Indian journal of veterinary science and animal husbandry - Volume 12,
Year: 1942
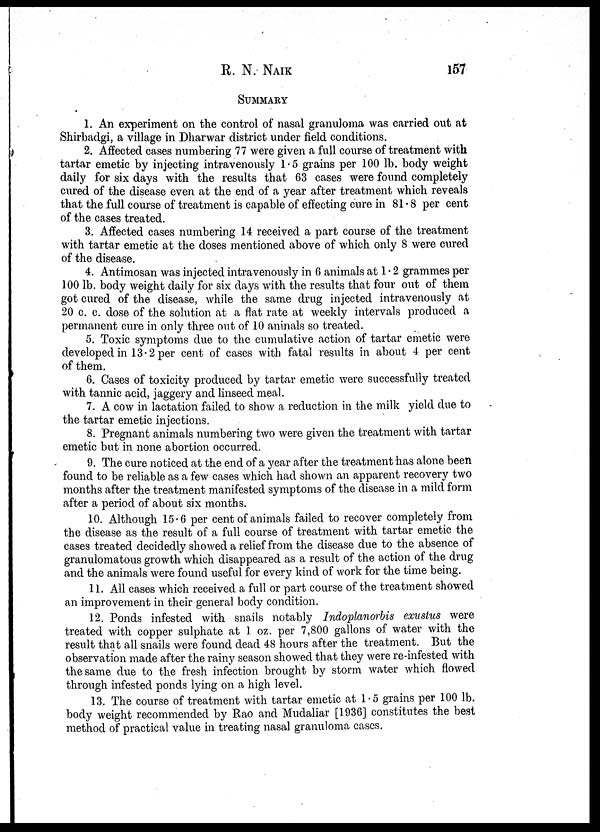
R. N. NAIK 157
SUMMARY
1. An experiment on the control of nasal granuloma was carried out at
Shirbadgi, a village in Dharwar district under field conditions.
2. Affected cases numbering 77 were given a full course of treatment with
tartar emetic by injecting intravenously 1 . 5 grains per 100 lb. body weight
daily for six days with the results that 63 cases were found completely
cured of the disease even at the end of a year after treatment which reveals
that the full course of treatment is capable of effecting cure in 81.8 per cent
of the cases treated.
3. Affected cases numbering 14 received a part course of the treatment
with tartar emetic at the doses mentioned above of which only 8 were cured
of the disease.
4. Antimosan was injected intravenously in 6 animals at 1.2 grammes per
100 lb. body weight daily for six days with the results that four out of them
got cured of the disease, while the same drug injected intravenously at
20 c. c. dose of the solution at a flat rate at weekly intervals produced a
permanent cure in only three out of 10 animals so treated.
5. Toxic symptoms due to the cumulative action of tartar emetic were
developed in 13.2 per cent of cases with fatal results in about 4 per cent
of them.
6. Cases of toxicity produced by tartar emetic were successfully treated
with tannic acid, jaggery and linseed meal.
7. A cow in lactation failed to show a reduction in the milk yield due to
the tartar emetic injections.
8. Pregnant animals numbering two were given the treatment with tartar
emetic but in none abortion occurred.
9. The cure noticed at the end of a year after the treatment has alone been
found to be reliable as a few cases which had shown an apparent recovery two
months after the treatment manifested symptoms of the disease in a mild form
after a period of about six months.
10. Although 15.6 per cent of animals failed to recover completely from
the disease as the result of a full course of treatment with tartar emetic the
cases treated decidedly showed a relief from the disease due to the absence of
granulomatous growth which disappeared as a result of the action of the drug
and the animals were found useful for every kind of work for the time being.
11. All cases which received a full or part course of the treatment showed
an improvement in their general body condition.
12. Ponds infested with snails notably Indoplanorbis exustus were
treated with copper sulphate at 1 oz. per 7,800 gallons of water with the
result that all snails were found dead 48 hours after the treatment. But the
observation made after the rainy season showed that they were re-infested with
the same due to the fresh infection brought by storm water which flowed
through infested ponds lying on a high level.
13. The course of treatment with tartar emetic at 1.5 grains per 100 lb.
body weight recommended by Rao and Mudaliar [1936] constitutes the best
method of practical value in treating nasal granuloma cases.